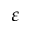
\varepsilon